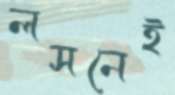
লসনেই